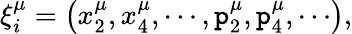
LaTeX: \xi_{i}^{\mu}=\left(x_{2}^{\mu},x_{4}^{\mu},\cdots,\mathtt{p}_{2}^{\mu},\mathtt{p}_{4}^{\mu},\cdots\right),